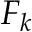
F _ { k }